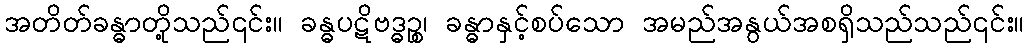
အတိတ်ခန္ဓာတို့သည်၎င်း။ ခန္ဓပဋိဗဒ္ဓဉ္စ၊ ခန္ဓာနှင့်စပ်သော အမည်အနွယ်အစရှိသည်သည်၎င်း။